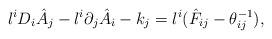
LaTeX: \begin{align*}l^i D_i \hat{A}_j - l^i \partial_j \hat{A}_i - k_j= l^i ( \hat{F}_{ij} - \theta^{-1}_{ij} ),\end{align*}